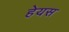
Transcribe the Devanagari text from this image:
हेयस